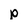
Character: p